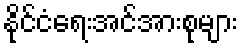
နိုင်ငံရေးအင်အားစုများ